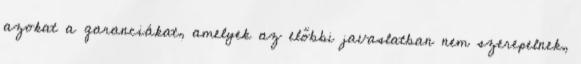
azokat a garanciákat, amelyek az előbbi javaslatban nem szerepelnek,